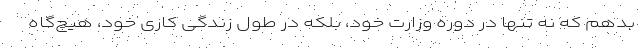
بدهم که نه تنها در دوره وزارت خود، بلکه در طول زندگی کاری خود، هیچ‌گاه